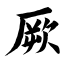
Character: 厥